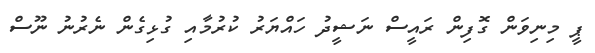
ޕީ މިނިވަން ގޮފިން ރައީސް ނަޝީދު ހައްޔަރު ކުރުމާއި ގުޅިގެން ނެރުނު ނޫސް